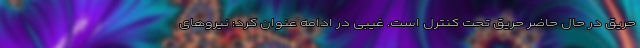
حریق در حال حاضر حریق تحت کنترل است. غیبی در ادامه عنوان کرد: نیروهای